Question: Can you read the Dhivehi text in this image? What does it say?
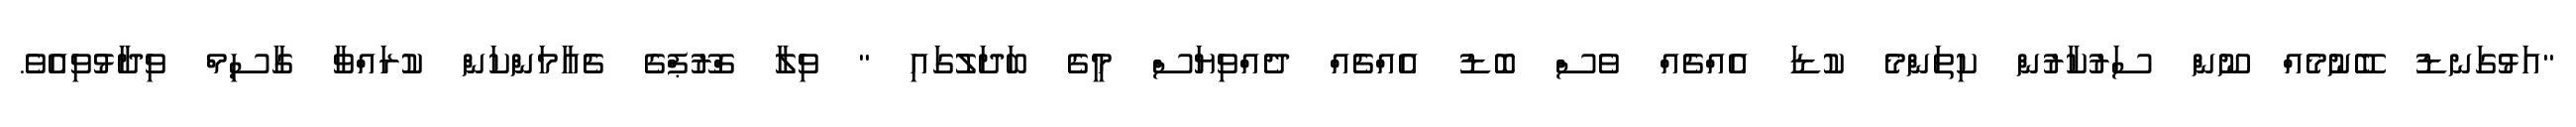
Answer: "އަޅުގަނޑު ބޭނުމެއް ނޫން ސަރުކާރުން ކިތަންމެ ކުޑަ އެއްޗެއް ވެސް ބޮޑު އެއްޗެއް ދެއްވިޔަސް މީގެ ބަދަލުގައި " ވިލާ ގްރޫޕްގެ ޗެއާމަންކަން ކުރައްވާ ގާސިމް ވިދާޅުވިއެވެ.